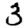
Digit: 3